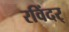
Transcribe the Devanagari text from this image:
रविंदर्